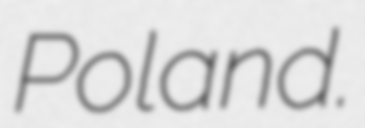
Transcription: Poland.